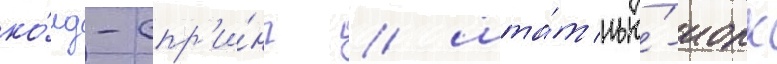
ко́лд-спр'и́нг / шта́т нью́-иорк